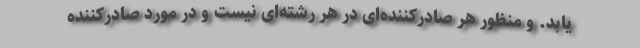
یابد. و منظور هر صادرکننده‌ای در هر رشته‌ای نیست و در مورد صادرکننده